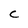
Character: c